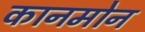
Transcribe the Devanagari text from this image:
कानमोन